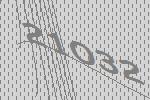
21032